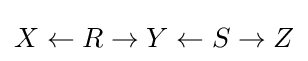
X\gets R\to Y\gets S\to Z